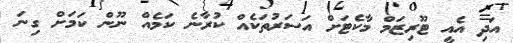
އަދި އެއީ ޓޫރިޒަމް މާކެޓަށް އަސަރުތަކެއް ކުރާނެ ކަމެއް ނޫން ކަމަށް ގިނަ